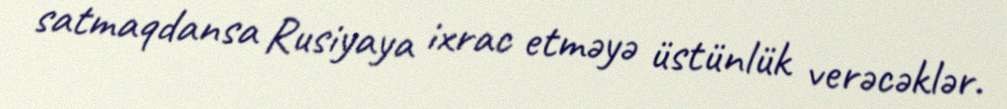
satmaqdansa Rusiyaya ixrac etməyə üstünlük verəcəklər.